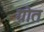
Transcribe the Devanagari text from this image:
ग्रोत